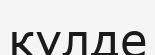
күлде